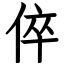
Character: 倅